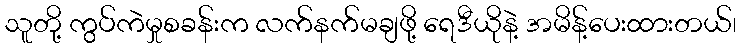
သူတို့ ကွပ်ကဲမှုစခန်းက လက်နက်မချဖို့ ရေဒီယိုနဲ့ အမိန့်ပေးထားတယ်၊